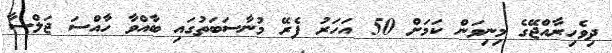
ދިވެހިރާއްޖޭގެ މިނިވަން ކަމަށް 50 އަހަރު ފެރޭ މުނާސަބަތުގައި ބާއްވާ ހާއްސަ ޖަލްސާ